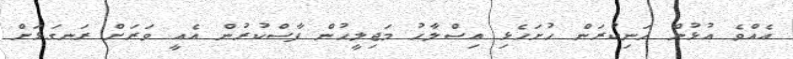
އެއްވެ އުޅުން ހަނިކުރަން ހުށަހެޅި އިސްލާހު މަޖިލީހުން ފާސްކުރުން އެއީ ވަރަށް ރަނގަޅަށް